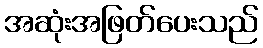
အဆုံးအဖြတ်ပေးသည်